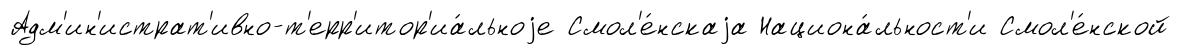
Адм'ин'истрат'ивно-т'ерр'итор'иа́льноjе Смол'е́нскаjа Национа́льност'и Смол'е́нской